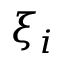
\xi _ { i }